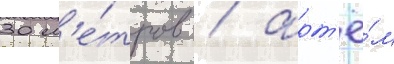
30 м'е́тров / арт'ё́м